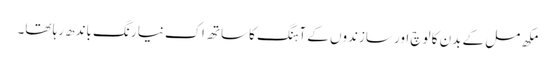
مکھ مل کے بدن کا لوچ اور سازندوں کے آہنگ کا ساتھ اک نیا رنگ باندھ رہا تھا۔